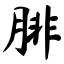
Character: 腓